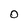
Character: O